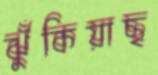
ঝুঁকিয়াছ